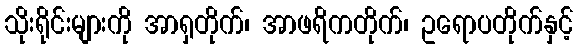
သိုးရိုင်းများကို အာရှတိုက်၊ အာဖရိကတိုက်၊ ဥရောပတိုက်နှင့်